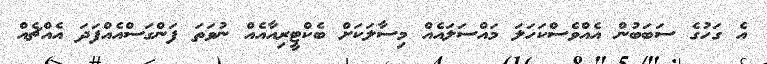
އެ ގަހުގެ ސަބަބުން އެއްވެސްކަހަލަ މައްސަލައެއް މިސާލަކަށް ބެކްޓީރިއާއެއް ނުވަތަ ފަންގަސްއެއްފަދަ އެއްޗެއް